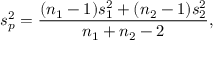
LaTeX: s _ { p } ^ { 2 } = { \frac { ( n _ { 1 } - 1 ) s _ { 1 } ^ { 2 } + ( n _ { 2 } - 1 ) s _ { 2 } ^ { 2 } } { n _ { 1 } + n _ { 2 } - 2 } } ,